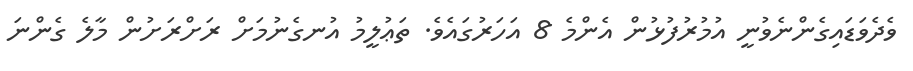
ވެދެވަޑައިގެންނެވުނީ އުމުރުފުޅުން އެންމެ 8 އަހަރުގައެވެ. ތަޢުލީމު އުނގެނުމަށް ރަށްރަށުން މާލެ ގެންނަ